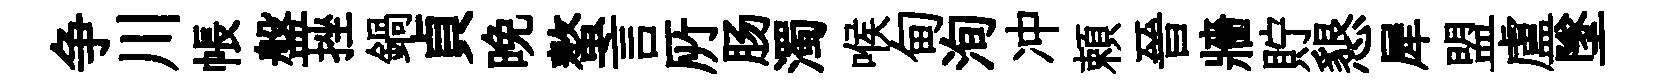
争川帳盤挫鍋貞晩螯言𠩄肠濁喉甸洵冲頼晉牆貯懇犀盟盧墜